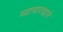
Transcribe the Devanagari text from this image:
व्यापाराद्वारे